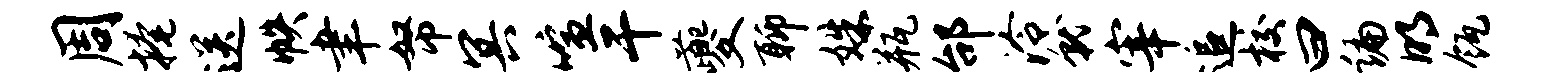
周掩送帙聿帑冥喧干夔聊姝瓶邰泠就宰追校曰编明瓴